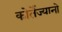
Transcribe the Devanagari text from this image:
कोर्तेज्यानो